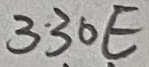
Text: 330E